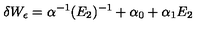
\delta W _ { \epsilon } = \alpha ^ { - 1 } ( E _ { 2 } ) ^ { - 1 } + \alpha _ { 0 } + \alpha _ { 1 } E _ { 2 }